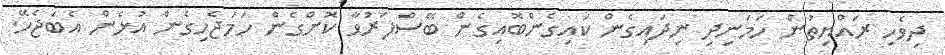
ދިވެހި ރައްޔިތުން ހަމަނިދި ނިދައިގެން ކައިގެންބޮއިގެން ބޭސްފަރުވާ ކޮށްގެން ހަމަޖެހިގެން އުޅެން އެބަޖެހޭ.